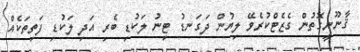
ޤާނޫނީގޮތުން ގެޒެޓްކުރެވޭ ލިޔުން ދަގަނޑު ޓިނު ލަކުޑި ބެރި އަދި ލަކުޑި ފަތިތަކެއް